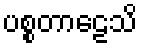
ပစ္စတာဠေသိ